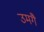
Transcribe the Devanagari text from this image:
उमगै